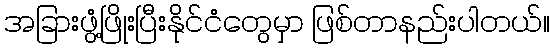
အခြားဖွံ့ဖြိုးပြီးနိုင်ငံတွေမှာ ဖြစ်တာနည်းပါတယ်။